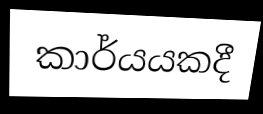
කාර්යයකදී